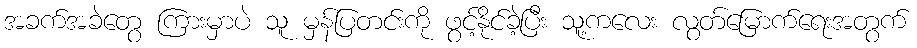
အခက်အခဲတွေ ကြားမှာပဲ သူ မှန်ပြတင်းကို ဖွင့်နိုင်ခဲ့ပြီး သူ့ကလေး လွတ်မြောက်ရေးအတွက်